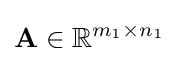
\mathbf {A} \in \mathbb {R} ^{m_{1}\times n_{1}}